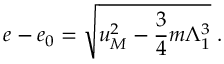
e - e _ { 0 } = \sqrt { u _ { M } ^ { 2 } - \frac 3 4 m \Lambda _ { 1 } ^ { 3 } } \; .